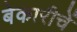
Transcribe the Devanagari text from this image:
बेकारीचें